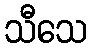
သီသေ